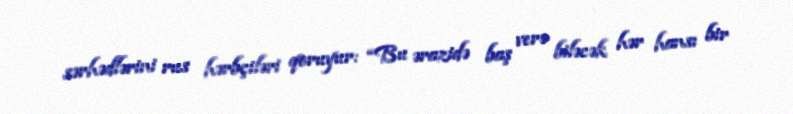
sərhədlərini rus hərbçiləri qoruyur: “Bu ərazidə baş verə biləcək hər hansı bir